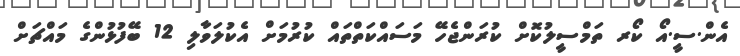
އެން.ސީ.އޯ ކޯރ ތަމްސީލުކޮށް ކުރަންޖެހޭ މަސައްކަތްތައް ކުރުމަށް އެކުލަވާލި 12 ބޭފުޅުންގެ މައްޗަށް